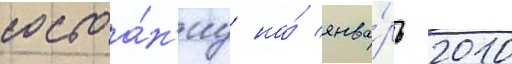
состоа́н'иу на́ янва́рь 2010